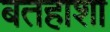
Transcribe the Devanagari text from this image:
बतहाशा